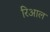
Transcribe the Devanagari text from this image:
रिआल